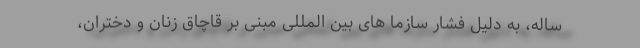
ساله، به دلیل فشار سازما های بین المللی مبنی بر قاچاق زنان و دختران،